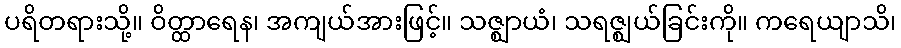
ပရိတရားသို့။ ဝိတ္ထာရေန၊ အကျယ်အားဖြင့်။ သဇ္ဈာယံ၊ သရဇ္ဈယ်ခြင်းကို။ ကရေယျာသိ၊